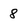
Character: 8